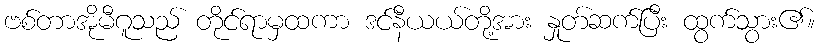
ဗစ်တာအိုမီဂူသည် တိုင်ရာမှထကာ ဒင်နီယယ်တို့အား နှုတ်ဆက်ပြီး ထွက်သွား၏။